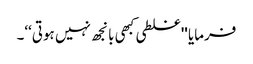
فرمایا ''غلطی کبھی بانجھ نہیں ہوتی‘‘۔